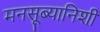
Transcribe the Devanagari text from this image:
मनसूब्यानिशी